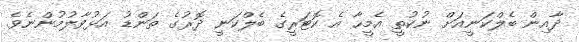
ދާއިން ބެލްކަނީއަށް ނުކުތީ އެމީހާ އެ ކޮޓަރީގެ ބެލްކަނީ ދޮރުގެ ތަންޑު އަޅުވާލުމުންނެވެ.